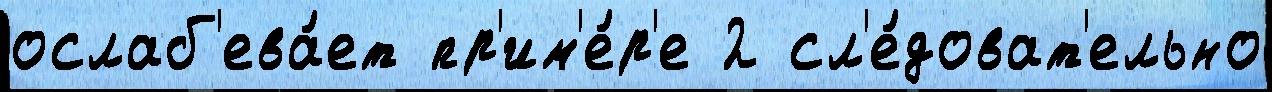
ослаб'ева́ет пр'им'е́р'е 2 сл'е́доват'ельно